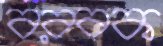
বরবক